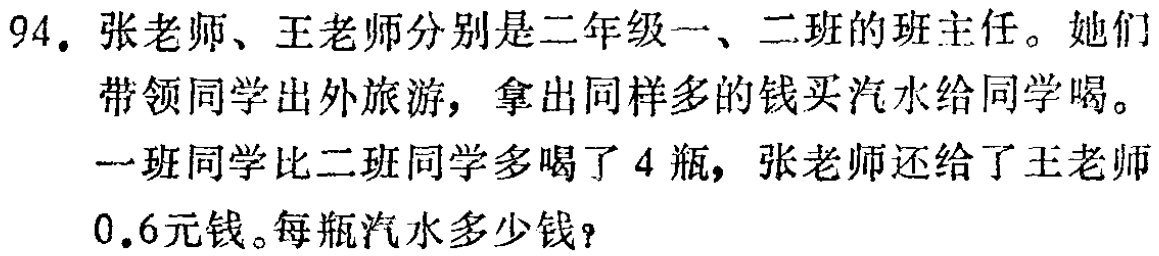
94. 张老师、王老师分别是二年级一、二班的班主任。她们带领同学出外旅游，拿出同样多的钱买汽水给同学喝。一班同学比二班同学多喝了4瓶，张老师还给了王老师0.6元钱。每瓶汽水多少钱？